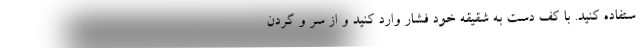
ستفاده کنید. با کف دست به شقیقه خود فشار وارد کنید و از سر و گردن